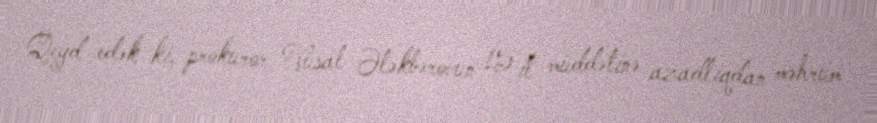
Qeyd edək ki, prokuror Vüsal Ələkbərovun 15 il müddətinə azadlıqdan məhrum